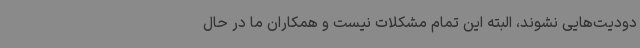
دودیت‌هایی نشوند، البته این تمام مشکلات نیست و همکاران ما در حال